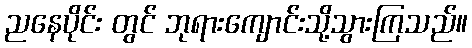
ညနေပိုင်း တွင် ဘုရားကျောင်းသို့သွားကြသည်။